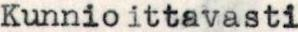
Kunnioittavasti